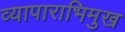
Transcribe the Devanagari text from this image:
व्यापाराभिमुख